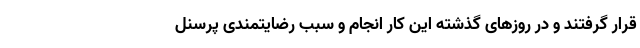
قرار گرفتند و در روزهای گذشته این کار انجام و سبب رضایتمندی پرسنل